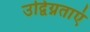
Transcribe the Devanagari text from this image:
उद्विग्नताएं